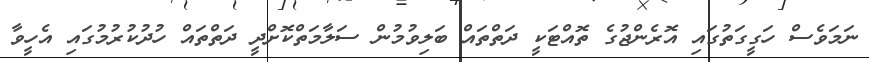
ނަމަވެސް ހަގީގަތުގައި އޮރެންޖުގެ ތޮއްޓަކީ ދަތްތައް ބަލިވުމުން ސަލާމަތްކޮށްދީ ދަތްތައް ހުދުކުރުމުގައި އެހީވާ